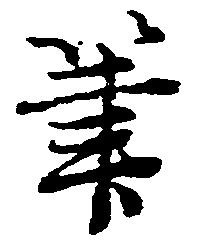
筆